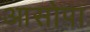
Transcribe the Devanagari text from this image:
आसोपा